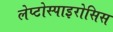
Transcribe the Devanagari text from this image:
लेप्टोस्पाइरोसिस